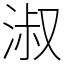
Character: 淑